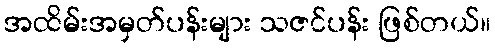
အထိမ်းအမှတ်ပန်းများ သဇင်ပန်း ဖြစ်တယ်။